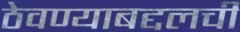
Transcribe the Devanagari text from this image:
ठेवण्याबद्दलची